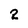
Character: 2